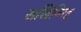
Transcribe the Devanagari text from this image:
सखिविरह